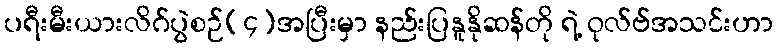
ပရီးမီးယားလိဂ်ပွဲစဉ်(၄)အပြီးမှာ နည်းပြနူနိုဆန်တို ရဲ့ ဝုလ်ဗ်အသင်းဟာ